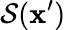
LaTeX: \mathcal{S}(\mathbf{x}^{\prime})